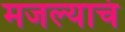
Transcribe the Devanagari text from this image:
मजल्याचं